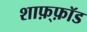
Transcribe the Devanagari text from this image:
शाफ़्फ़ॉड